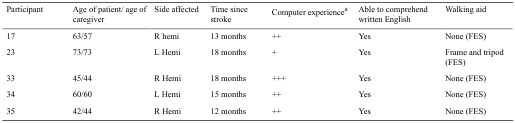
<table><thead><tr><td><b>Participant</b></td><td><b>Age of patient/ age of caregiver</b></td><td><b>Side affected</b></td><td><b>Time since stroke</b></td><td><b>Computer experience<sup>a</sup></b></td><td><b>Able to comprehend written English</b></td><td><b>Walking aid</b></td></tr></thead><tbody><tr><td>17</td><td>63/57</td><td>R hemi</td><td>13 months</td><td>++</td><td>Yes</td><td>None (FES)</td></tr><tr><td>23</td><td>73/73</td><td>L Hemi</td><td>18 months</td><td>+</td><td>Yes</td><td>Frame and tripod (FES)</td></tr><tr><td>33</td><td>45/44</td><td>R Hemi</td><td>18 months</td><td>+++</td><td>Yes</td><td>None (FES)</td></tr><tr><td>34</td><td>60/60</td><td>L Hemi</td><td>15 months</td><td>++</td><td>Yes</td><td>None (FES)</td></tr><tr><td>35</td><td>42/44</td><td>R Hemi</td><td>12 months</td><td>++</td><td>Yes</td><td>None (FES)</td></tr></tbody></table>